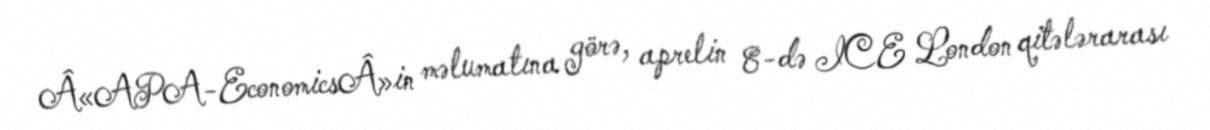
Â«APA-EconomicsÂ»in məlumatına görə, aprelin 8-də ICE London qitələrarası